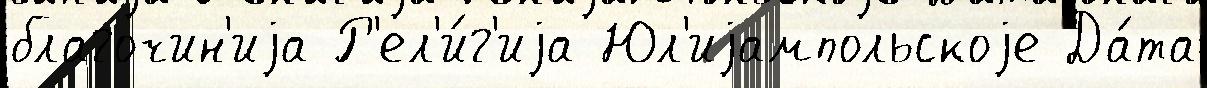
благочин'иjа Р'ел'и́г'иjа Юл'иjампольскоjе Да́та